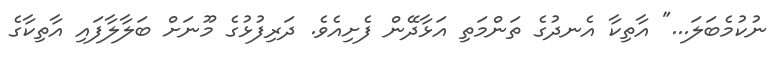
ނުކުމެބަލަ..." އާތިކާ އެނދުގެ ތަންމަތި އަޅާދޭން ފެށިއެވެ. ދަރިފުޅުގެ މޫނަށް ބަލާލާފައި އާތިކާގެ